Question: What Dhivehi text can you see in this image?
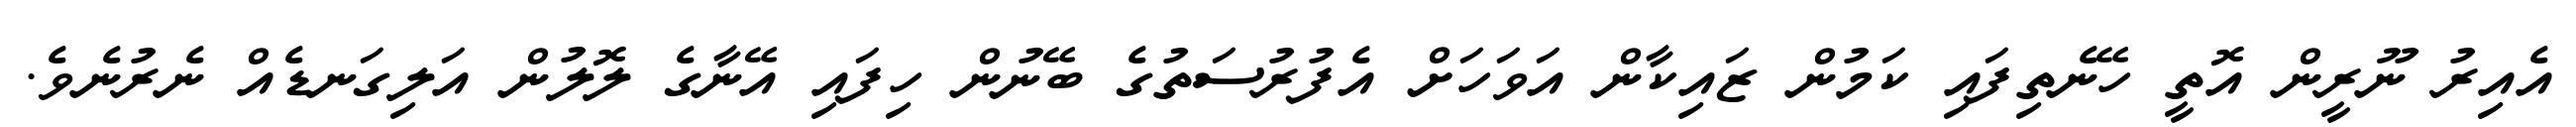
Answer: އެއިރު ނޫރީން އޮތީ ހޭނެތިފައި ކަމުން ޒައިކާން އަވަހަށް އެފުރުސަތުގެ ބޭނުން ހިފައި އޭނާގެ ލޮލުން އަލިގަނޑެއް ނެރުނެވެ.